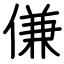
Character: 傔